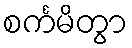
စင်္ကမိတွာ